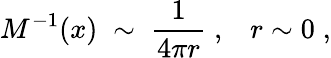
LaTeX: M^{-1}(x)\; \sim\; \frac{1}{4\pi r}\; ,\; \; \; r\sim 0\; ,